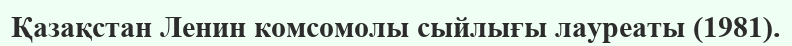
Қазақстан Ленин комсомолы сыйлығы лауреаты (1981).